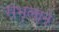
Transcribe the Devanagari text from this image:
संभलाने